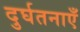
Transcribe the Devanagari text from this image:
दुर्घतनाएँ